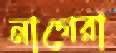
নাগেরা